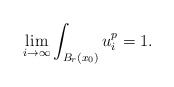
\begin{align*}\lim_{i \to \infty}\int_{B_r(x_0)} u_i^p=1.\end{align*}